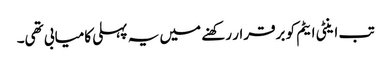
تب اینٹی ایٹم کو برقرار رکھنے میں یہ پہلی کامیابی تھی۔